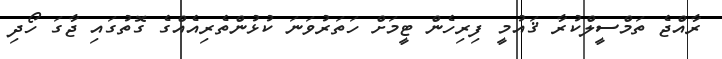
ރާއްޖެ ތަމްސީލްކުރާ ޤައުމީ ފިރިހެން ޓީމަށް ހަތަރުވަނަ ކުޅުންތެރިއެއްގެ ގޮތުގައި ޖާގަ ހޯދި